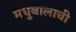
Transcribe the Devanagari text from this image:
मधुबालाची